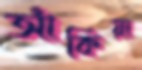
আঁকিয়া